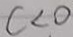
c < 0